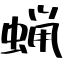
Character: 蝋